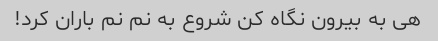
هی به بیرون نگاه کن شروع به نم نم باران کرد!